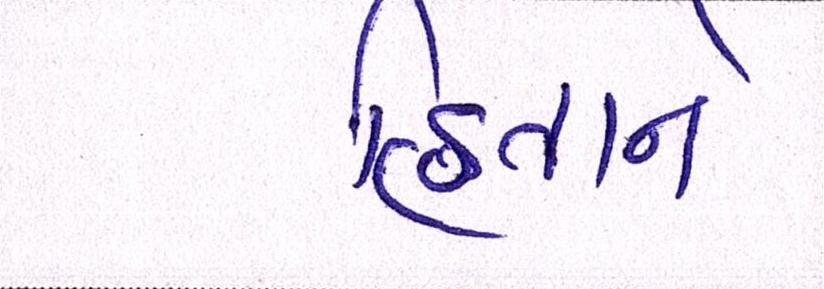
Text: હિતોને